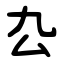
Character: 厹